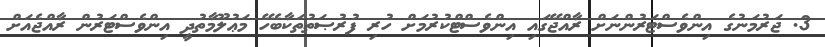
3. ޖަރުމަނުގެ އިންވެސްޓަރުންނަށް ރާއްޖޭގައި އިންވެސްޓްކުރުމަށް ހުރި ފުރުޞަތުތަކާބެހޭ މަޢުލޫމާތުދީ އިންވެސްޓަރުން ރާއްޖެއަށް